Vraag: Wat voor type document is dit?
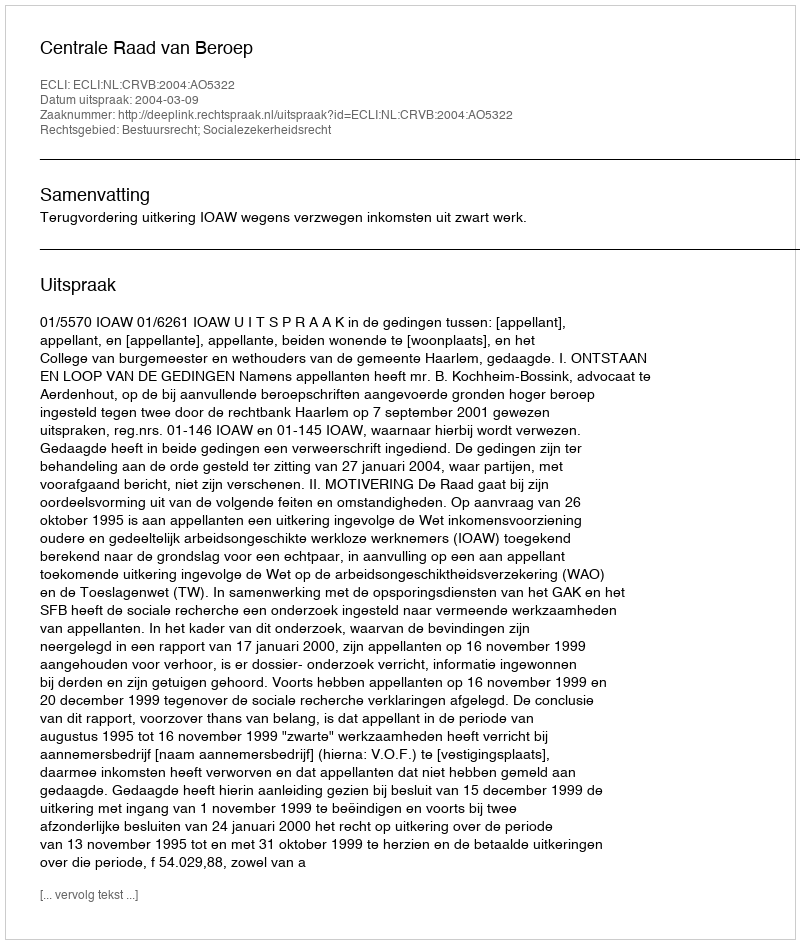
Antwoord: Uitspraak